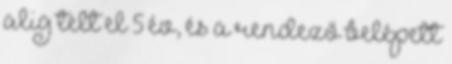
alig telt el 5 év, és a rendező belépett